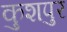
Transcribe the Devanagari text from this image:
कुशपुर